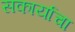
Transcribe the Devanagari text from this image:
सकार्याचा